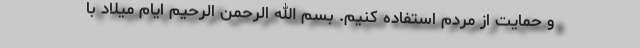
و حمایت از مردم استفاده کنیم. بسم الله الرحمن الرحیم ایام میلاد با